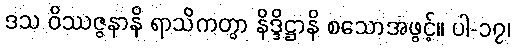
ဒသ ဝိဿဇ္ဇနာနိ ရာသိကတွာ နိဒ္ဒိဋ္ဌာနိ စသောအဖွင့်။ ပါ-၁၇၊